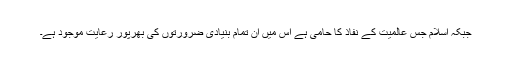
جبکہ اسلام جس عالمیت کے نفاذ کا حامی ہے اس میں ان تمام بنیادی ضرورتوں کی بھرپور رعایت موجود ہے۔